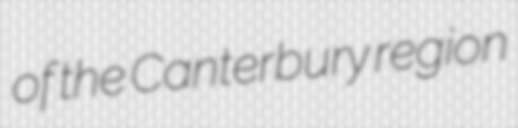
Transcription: of the Canterbury region